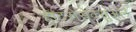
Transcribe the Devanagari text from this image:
हीटरोसेक्सुअल